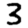
Digit: 3